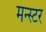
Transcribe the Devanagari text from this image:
मन्स्टर